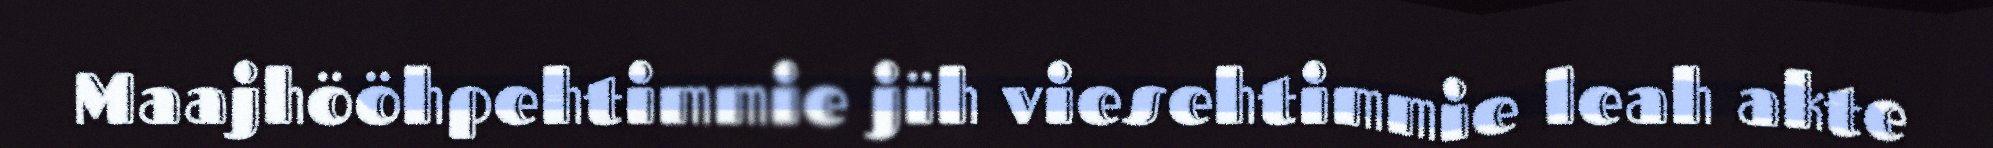
Maajhööhpehtimmie jïh viesehtimmie leah akte